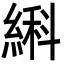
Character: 䌀